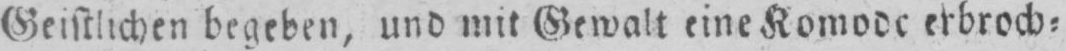
erbroch⸗